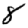
Digit: 8